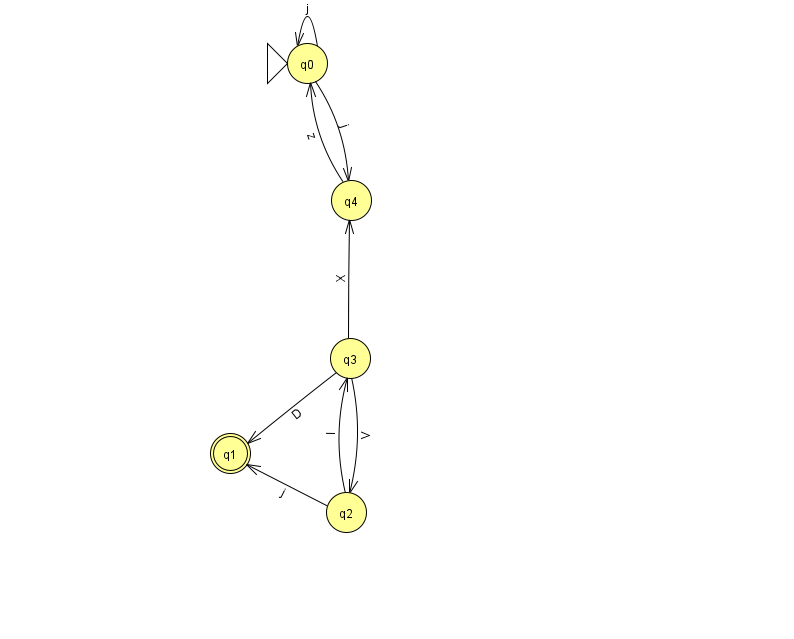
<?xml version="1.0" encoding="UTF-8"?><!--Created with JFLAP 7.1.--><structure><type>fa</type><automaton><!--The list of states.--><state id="0" name="q0"><x>307.0</x><y>50.0</y><initial/></state><state id="1" name="q1"><x>230.0</x><y>440.0</y><final/></state><state id="2" name="q2"><x>346.0</x><y>499.0</y></state><state id="3" name="q3"><x>350.0</x><y>345.0</y></state><state id="4" name="q4"><x>351.0</x><y>187.0</y></state><!--The list of transitions.--><transition><from>2</from><to>1</to><read>j</read></transition><transition><from>0</from><to>4</to><read>j</read></transition><transition><from>4</from><to>0</to><read>z</read></transition><transition><from>3</from><to>2</to><read>V</read></transition><transition><from>2</from><to>3</to><read>I</read></transition><transition><from>0</from><to>0</to><read>j</read></transition><transition><from>3</from><to>4</to><read>X</read></transition><transition><from>3</from><to>1</to><read>D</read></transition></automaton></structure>